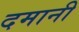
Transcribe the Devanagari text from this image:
दमानी